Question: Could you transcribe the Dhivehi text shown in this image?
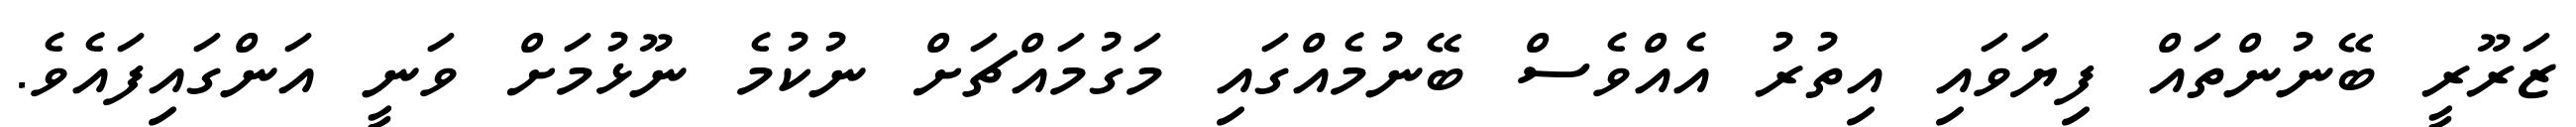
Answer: ޒަރޫރީ ބޭނުންތައް ފިޔަވައި އިތުރު އެއްވެސް ބޭނުމެއްގައި މަގުމައްޗަށް ނުކުމެ ނޫޅުމަށް ވަނީ އަންގައިފައެވެ.